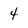
Character: 4